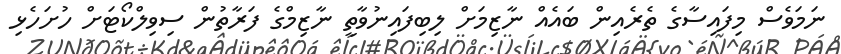
ނަމަވެސް މިފައިސާގެ ތެރެއިން ބައެއް ނާޒިމަށް ލިބިފައިނުވާތީ ނާޒިމްގެ ފަރާތުން ސިވިލްކޯޓަށް ހުށަހެޅި